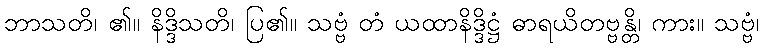
ဘာသတိ၊ ၏။ နိဒ္ဒိသတိ၊ ပြ၏။ သဗ္ဗံ တံ ယထာနိဒ္ဒိဋ္ဌံ ဓာရယိတဗ္ဗန္တိ၊ ကား။ သဗ္ဗံ၊